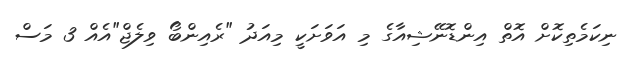
ނިކަމެތިކޮށް އޮތް އިންޑޮނޭޝިއާގެ މި އަވަށަކީ މިއަދު "ރެއިންބޯ ވިލެޖް"އެއް 3 މަސް